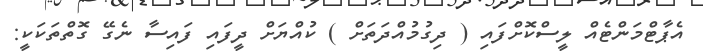
އެޕާޓްމަންޓެއް ލީސްކޮށްފައި ( ދިގުމުއްދަތަށް ) ކުއްޔަށް ދީފައި ފައިސާ ނެގޭ ގޮތްތަކަކީ: